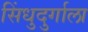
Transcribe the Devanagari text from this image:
सिंधुदुर्गाला